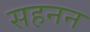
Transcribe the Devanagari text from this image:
सहनन